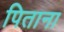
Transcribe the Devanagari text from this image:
पिताना